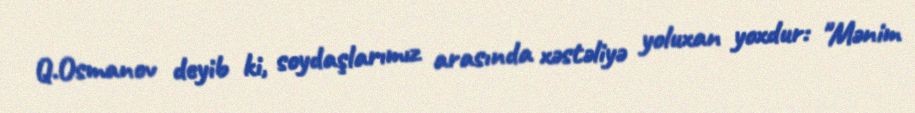
Q.Osmanov deyib ki, soydaşlarımız arasında xəstəliyə yoluxan yoxdur: "Mənim